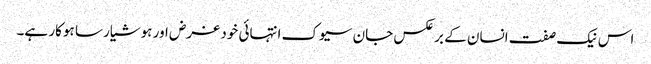
اس نیک صفت انسان کے بر عکس جان سیوک انتہائی خود غرض اور ہوشیار سا ہوکار ہے۔